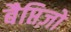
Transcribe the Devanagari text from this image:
बैप्तिज़ो